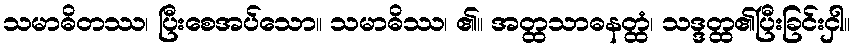
သမာဓိတဿ၊ ပြီးစေအပ်သော။ သမာဓိဿ၊ ၏။ အတ္ထသာဓနတ္ထံ၊ သဒ္ဒတ္ထ၏ပြီးခြင်းငှါ။